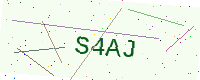
Text: S4AJ